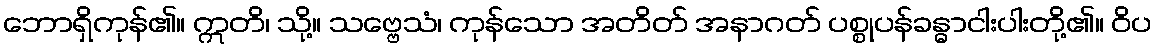
ဘောရှိကုန်၏။ ဣတိ၊ သို့။ သဗ္ဗေသံ၊ ကုန်သော အတိတ် အနာဂတ် ပစ္စုပန်ခန္ဓာငါးပါးတို့၏။ ဝိပ